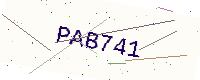
Text: PAB741